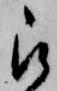
被